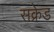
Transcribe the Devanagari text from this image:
सक्रेड